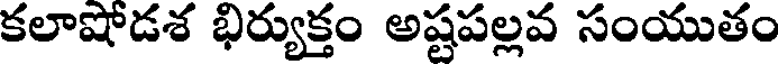
కలాషోడశ భిర్యుక్తం అష్టపల్లవ సంయుతం